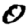
Digit: 0